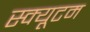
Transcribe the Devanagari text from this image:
स्क्यूटम